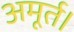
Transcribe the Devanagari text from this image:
अमूर्त।